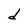
Character: d